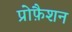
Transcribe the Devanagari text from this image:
प्रोफ़ैशन